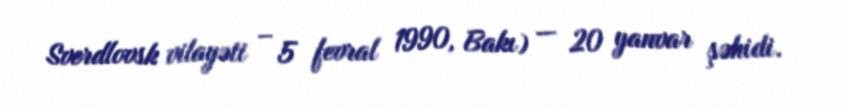
Sverdlovsk vilayəti – 5 fevral 1990, Bakı) — 20 yanvar şəhidi.